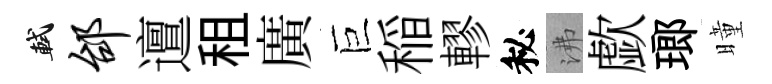
軾邰邅租廣巨稲轇秘沸歔瑯曈